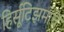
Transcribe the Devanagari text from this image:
हिर्सूटिझमाचे